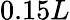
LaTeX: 0.15L